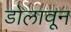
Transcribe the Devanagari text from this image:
डोलावून